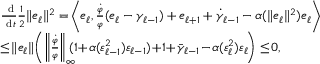
\begin{array} { r l } & { \frac { \mathrm { \normalfont ~ d } } { \mathrm { \normalfont ~ d } t } \frac { 1 } { 2 } \| e _ { \ell } \| ^ { 2 } = \! \left\langle e _ { \ell } , \frac { \dot { \varphi } } { \varphi } ( e _ { \ell } - \gamma _ { \ell - 1 } ) + e _ { \ell + 1 } + \dot { \gamma } _ { \ell - 1 } - \alpha ( \| e _ { \ell } \| ^ { 2 } ) e _ { \ell } \right\rangle } \\ & { \le \! \| e _ { \ell } \| \! \left( \left\| \frac { \dot { \varphi } } { \varphi } \right\| _ { \infty } \! \! \! \! ( 1 \! + \! \alpha ( \varepsilon _ { \ell - 1 } ^ { 2 } ) \varepsilon _ { \ell - 1 } ) \! + \! 1 \! + \! \bar { \gamma } _ { \ell - 1 } \! - \! \alpha ( \varepsilon _ { \ell } ^ { 2 } ) \varepsilon _ { \ell } \! \right) \le \! 0 , } \end{array}